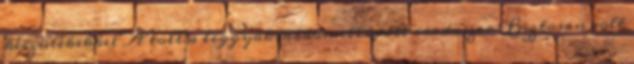
készülékekkel A toll a leggyakrabban ellopott irodaszer Biztosan volt